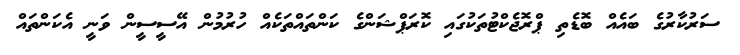
ސަރުކާރުގެ ބައެއް ބޮޑެތި ޕްރޮޖެކްޓުތަކުގައި ކޮރަޕްޝަންގެ ކަންތައްތަކެއް ހުރުމުން އޭސީސީން ވަނީ އެކަންތައް